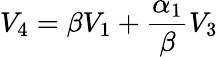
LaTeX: V_{4}=\beta V_{1}+\frac{\alpha_{1}}{\beta}V_{3}